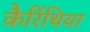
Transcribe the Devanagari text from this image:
कैरिंथिया